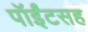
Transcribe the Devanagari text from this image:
पॉईंटसह